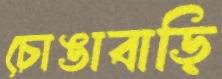
চোঙাবাড়ি